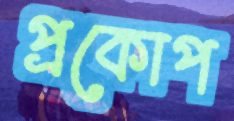
প্রকোপ